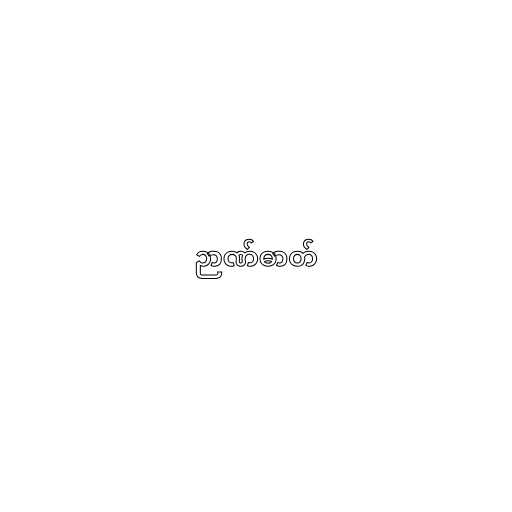
ဉာဏ်ဓာတ်